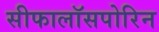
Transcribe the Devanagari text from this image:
सीफालॉसपोरिन